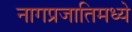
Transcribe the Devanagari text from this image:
नागप्रजातिमध्ये